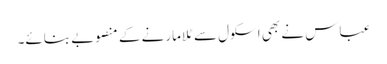
عباس نے بھی اسکول سے ٹلا مارنے کے منصوبے بنائے۔